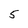
Character: 5